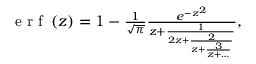
\begin{array} { r } { \mathrm { ~ e ~ r ~ f ~ } \left( z \right) = 1 - \frac { 1 } { \sqrt { \pi } } \frac { e ^ { - z ^ { 2 } } } { z + \frac { 1 } { 2 z + \frac { 2 } { z + \frac { 3 } { z + \dots } } } } , } \end{array}